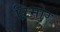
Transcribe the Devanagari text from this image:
टिमोर